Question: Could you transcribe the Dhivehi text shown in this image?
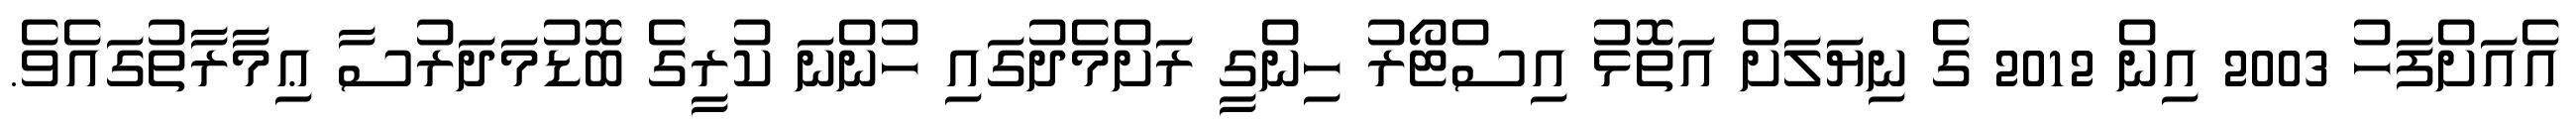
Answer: އެއަށްފަހު 2003 އިން 2012 ގެ ނިޔަލަށް އަތޮޅު އިސްޓޯރު ހިންގީ ރަށްމެދުގައި ހުންނަ ކުރީގެ ބޮޑުމަދަރުސާ ޢިމާރާތުގައެވެ.